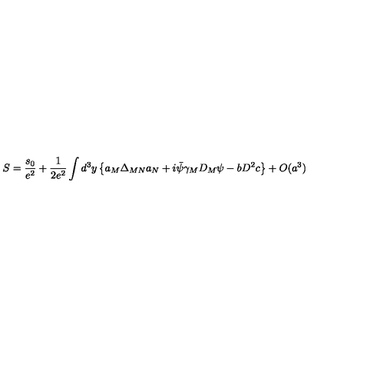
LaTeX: S = \frac { s _ { 0 } } { e ^ { 2 } } + \frac { 1 } { 2 e ^ { 2 } } \int d ^ { 3 } y \left\{ a _ { M } \Delta _ { M N } a _ { N } + i \bar { \psi } \gamma _ { M } D _ { M } \psi - b D ^ { 2 } c \right\} + O ( a ^ { 3 } )